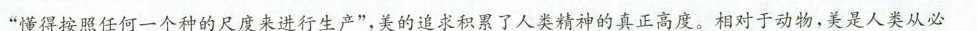
”瑾得按照任何一个种的尺度来进行生产”，美的追求积累了人类精神的真正高度。相对于动物，美是人类从必